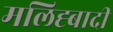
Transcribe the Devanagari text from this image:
मलिह्बादी